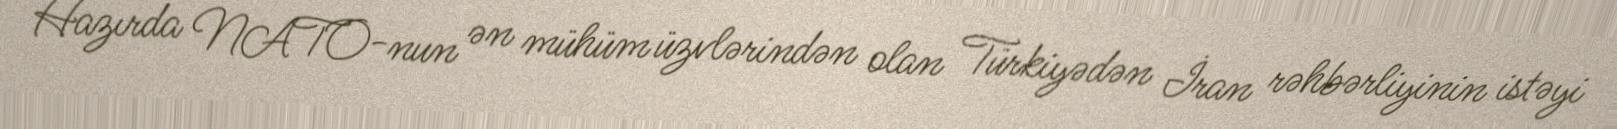
Hazırda NATO-nun ən mühüm üzvlərindən olan Türkiyədən İran rəhbərliyinin istəyi